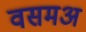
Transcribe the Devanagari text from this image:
वसमअ